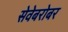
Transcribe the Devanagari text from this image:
सेवेबरोबर